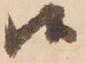
候